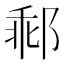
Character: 𨛽